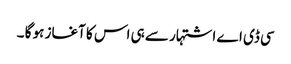
سی ڈی اے اشتہار سے ہی اس کا آغاز ہو گا ۔